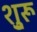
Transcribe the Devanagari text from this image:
शु्रू